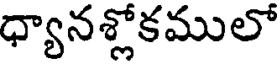
ధ్యానశ్లోకములో